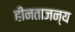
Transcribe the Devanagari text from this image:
हीनताजन्य